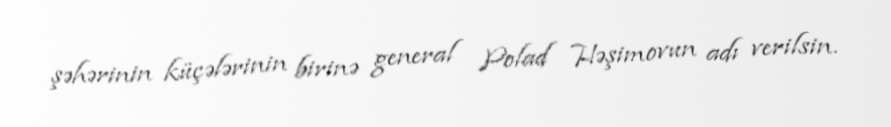
şəhərinin küçələrinin birinə general Polad Həşimovun adı verilsin.